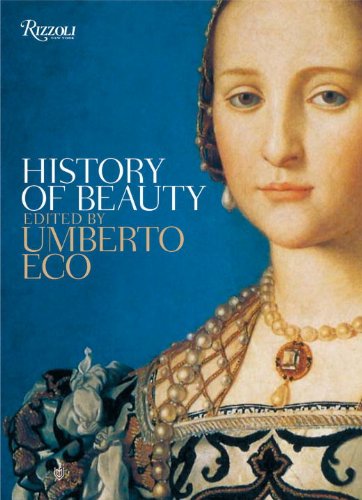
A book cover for History of Beauty; Politics & Social Sciences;